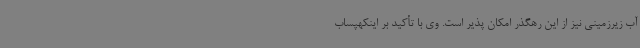
آب زیرزمینی نیز از این رهگذر امکان پذیر است. وی با تأکید بر اینکهپساب